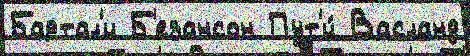
Бартал'и Б'езансон Пут'и́ Васланд